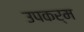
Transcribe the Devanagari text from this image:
उपकर्म